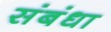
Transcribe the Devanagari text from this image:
संबंधा